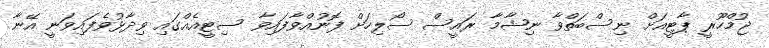
ޖުމްހޫރީ ޕާޓީއަށް ނިސްބަތްވާ ނިޝާމާ ރައީސް ސޯލިހަށް ފޮނުއްވާފައިވާ ސިޓީއެއްގައި ވިދާޅުވެފައިވަނީ އޭނާ